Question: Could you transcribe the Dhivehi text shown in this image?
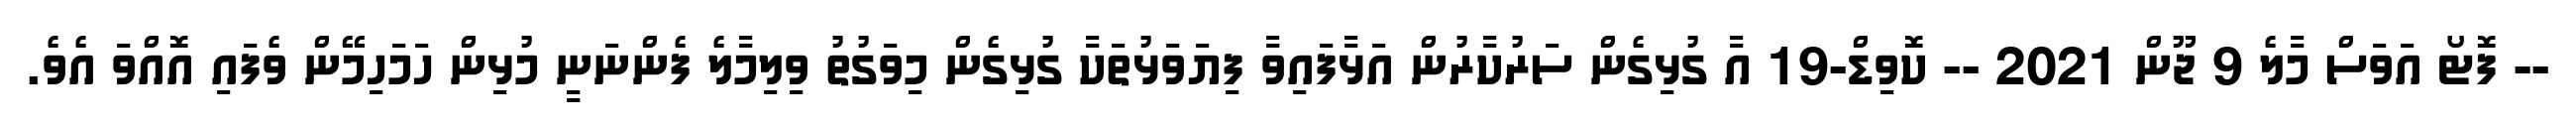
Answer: -- ފޮޓޯ އަވަސް މާލެ 9 ޖޫން 2021 -- ކޮވިޑް-19 އާ ގުޅިގެން ސަރުކާރުން އަޅާފައިވާ ފިޔަވަޅުތަކާ ގުޅިގެން މިވަގުތު ވިލިމާލެ ފެންނަނީ މުޅިން ހަމަހިމޭން ވެފައި އޮއްވަ އެވެ.